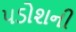
પડોશની